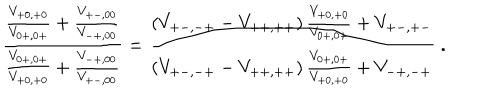
\frac { \frac { V _ { + 0 , + 0 } } { V _ { 0 + , 0 + } } + \frac { V _ { + - , 0 0 } } { V _ { - + , 0 0 } } } { \frac { V _ { 0 + , 0 + } } { V _ { + 0 , + 0 } } + \frac { V _ { - + , 0 0 } } { V _ { + - , 0 0 } } } = \frac { \left( V _ { + - , - + } - V _ { + + , + + } \right) \frac { V _ { + 0 , + 0 } } { V _ { 0 + , 0 + } } + V _ { + - , + - } } { \left( V _ { + - , - + } - V _ { + + , + + } \right) \frac { V _ { 0 + , 0 + } } { V _ { + 0 , + 0 } } + V _ { - + , - + } } \; .